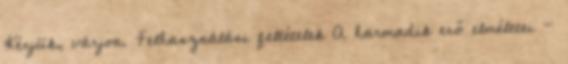
Kérjük, várjon. Felhasználási feltételek A harmadik erő elméletei -